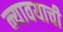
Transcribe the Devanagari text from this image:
न्यावयाची